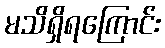
မသိရှိရကြောင်း